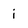
Character: i